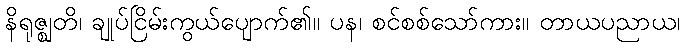
နိရုဇ္ဈတိ၊ ချုပ်ငြိမ်းကွယ်ပျောက်၏။ ပန၊ စင်စစ်သော်ကား။ တာယပညာယ၊